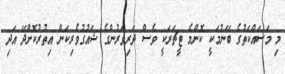
މި މަސައްކަތުގެ ބޭނުމަކީ ކޮންމެ ޓީޗަރަކީ ވެސް ދަރިވަރުންގެ ޝައުގުވެރިކަން އިތުރުކޮށްދޭ އަދި